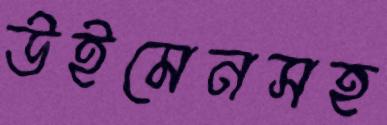
উইমেনসহ